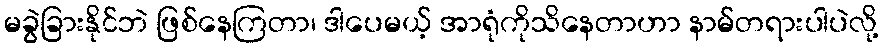
မခွဲခြားနိုင်ဘဲ ဖြစ်နေကြတာ၊ ဒါပေမယ့် အာရုံကိုသိနေတာဟာ နာမ်တရားပါပဲလို့